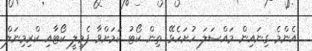
އެންމެ ގިނައިން މައްސަލަ ހުށަހެޅޭ ތިން ކޯޓު ކަމަށްވާ ފެމިލީ ކޯޓާއި ކްރިމިނަލް